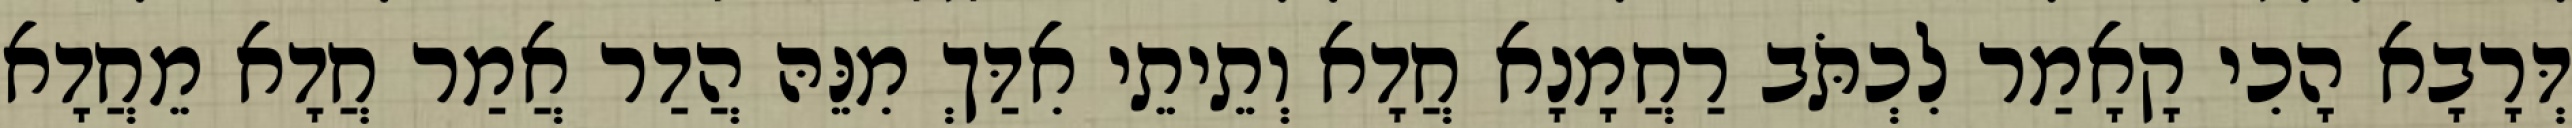
דְּרָבָא הָכִי קָאָמַר לִכְתֹּב רַחֲמָנָא חֲדָא וְתֵיתֵי אִדַּךְ מִנֵּהּ הֲדַר אֲמַר חֲדָא מֵחֲדָא